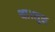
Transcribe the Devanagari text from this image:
था।शुन